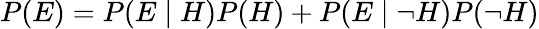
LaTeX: P(E)=P(E\mid H)P(H)+P(E\mid\neg H)P(\neg H)